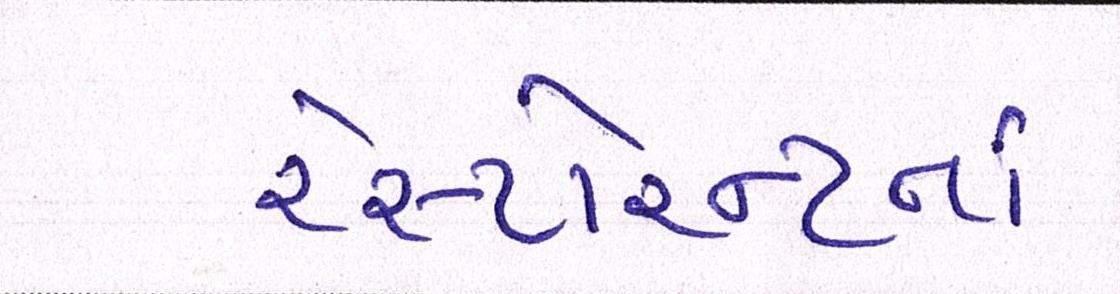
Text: રેસ્ટોરન્ટનાં